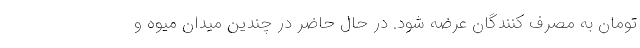
تومان به مصرف کنندگان عرضه شود. در حال حاضر در چندین میدان میوه و